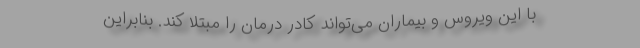
با این ویروس و بیماران می‌تواند کادر درمان را مبتلا کند. بنابراین